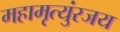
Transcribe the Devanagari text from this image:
महामृत्युंरजय